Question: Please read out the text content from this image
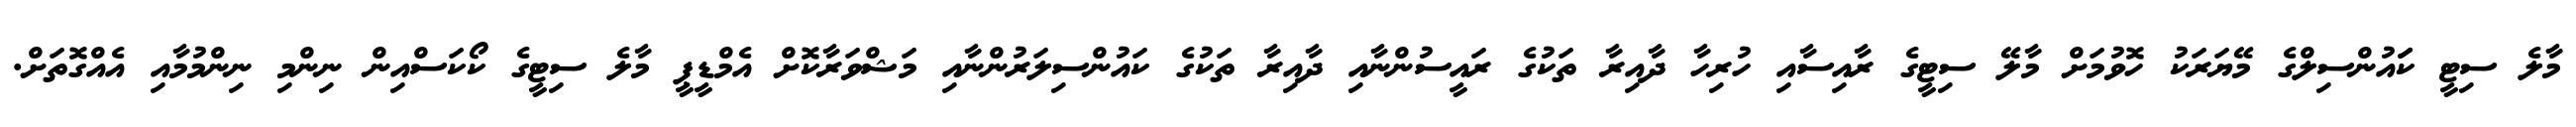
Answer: މާލެ ސިޓީ ކަައުންސިލްގެ މޭޔަރަކު ހޮވުމަށް މާލޭ ސިޓީގެ ރާއިސާއި ހުރިހާ ދާއިރާ ތަކުގެ ރައީސުންނާއި ދާއިރާ ތަކުގެ ކައުންސިލަރުންނާއި މަޝްވަރާކޮށް އެމްޑީޕީ މާލެ ސިޓީގެ ކޯކަސްއިން ނިންމި ނިންމުމާއި އެއްގޮތަށް.